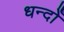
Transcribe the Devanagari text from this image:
धन्दोँ